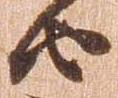
由